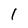
Character: 1